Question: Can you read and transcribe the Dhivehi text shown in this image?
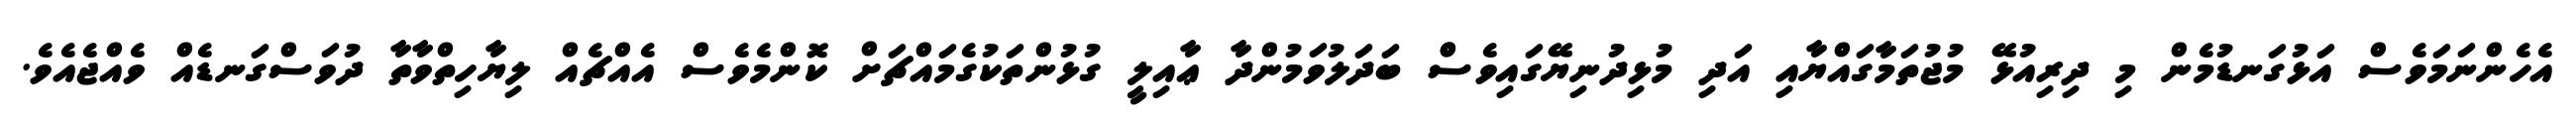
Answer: އެހެންނަމަވެސް އަޅުގަނޑުމެން މި ދިރިއުޅޭ މުޖުތަމާގައްޔާއި އަދި މުޅިދުނިޔޭގައިވެސްް ބަދަލުވަމުންދާ ޢާއިލީ ގުޅުންތަކުގެމައްޗަށް ކޮންމެވެސް އެއްޗެއް ލިޔާހިތްވާތާ ދުވަސްގަނޑެއް ވެއްޖެއެވެ.